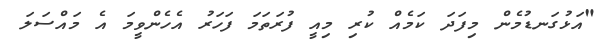
"އަޅުގަނޑުމެން މިފަދަ ކަމެއް ކުރި މިއީ ފުރަތަމަ ފަހަރު އެހެންވީމަ އެ މައްސަލަ